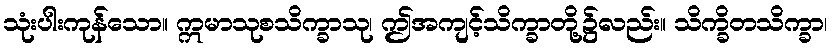
သုံးပါးကုန်သော။ ဣမာသုစသိက္ခာသု၊ ဤအကျင့်သိက္ခာတို့၌လည်း။ သိက္ခိတသိက္ခာ၊